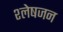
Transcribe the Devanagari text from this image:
श्लेषजन